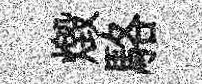
燬駱